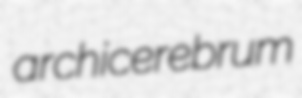
archicerebrum